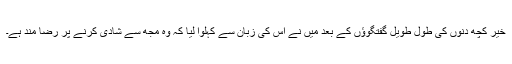
خیر کچھ دنوں کی طول طویل گفتگوؤں کے بعد میں نے اس کی زبان سے کہلوا لیا کہ وہ مجھ سے شادی کرنے پر رضا مند ہے۔